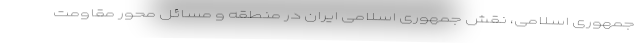
جمهوری اسلامی، نقش جمهوری اسلامی ایران در منطقه و مسائل محور مقاومت